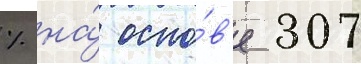
% на́ осно́в'е 307